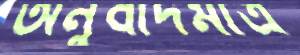
অনুবাদমাত্র